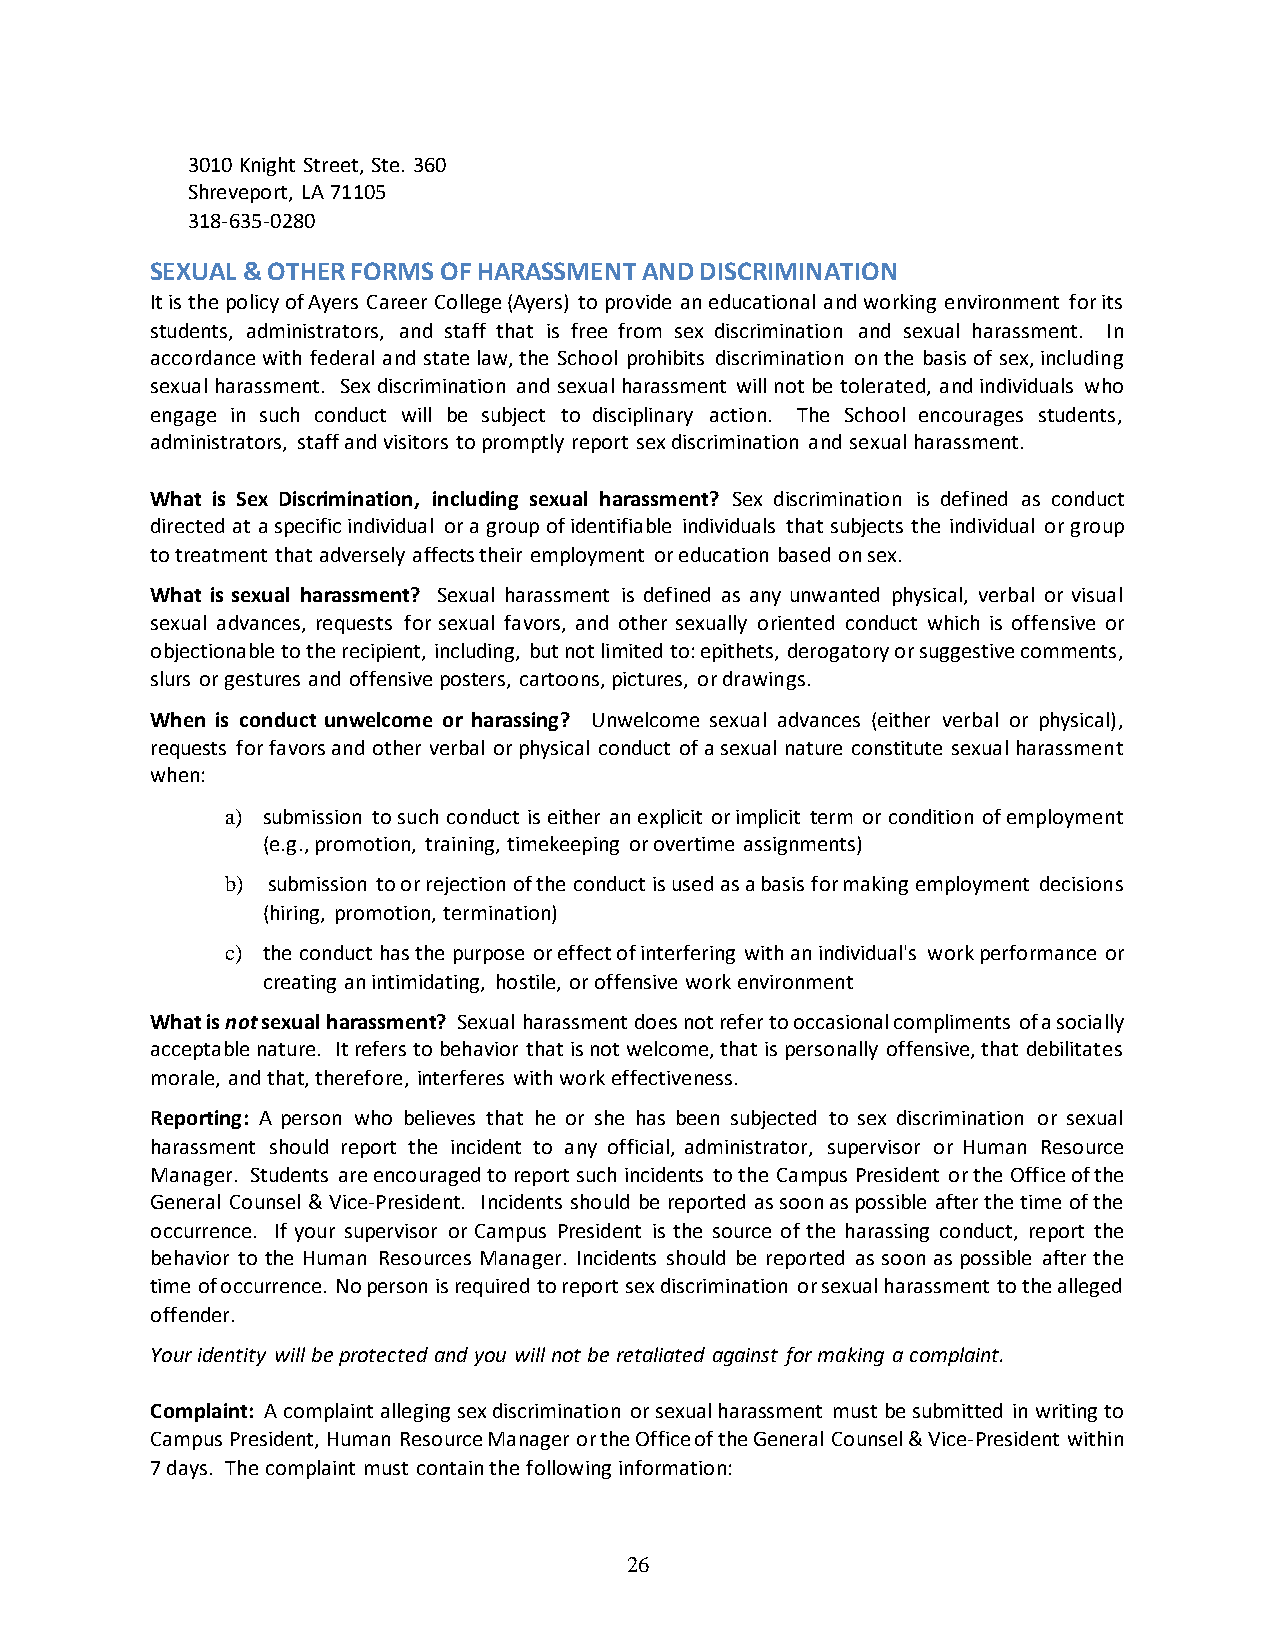
3010 Knight Street, Ste. 360
 Shreveport, LA 71105
 318-635-0280
 SEXUAL & OTHER FORMS OF HARASSMENT AND DISCRIMINATION
 It is the policy of Ayers Career College (Ayers) to provide an educational and working environment for its
 students, administrators, and staff that is free from sex discrimination and sexual harassment. In
 accordance with federal and state law, the School prohibits discrimination on the basis of sex, including
 sexual harassment. Sex discrimination and sexual harassment will not be tolerated, and individuals who
 engage in such conduct will be subject to disciplinary action. The School encourages students,
 administrators, staff and visitors to promptly report sex discrimination and sexual harassment.
 What is Sex Discrimination, including sexual harassment? Sex discrimination is defined as conduct
 directed at a specific individual or a group of identifiable individuals that subjects the individual or group
 to treatment that adversely affects their employment or education based on sex.
 What is sexual harassment? Sexual harassment is defined as any unwanted physical, verbal or visual
 sexual advances, requests for sexual favors, and other sexually oriented conduct which is offensive or
 objectionable to the recipient, including, but not limited to: epithets, derogatory or suggestive comments,
 slurs or gestures and offensive posters, cartoons, pictures, or drawings.
 When is conduct unwelcome or harassing? Unwelcome sexual advances (either verbal or physical),
 requests for favors and other verbal or physical conduct of a sexual nature constitute sexual harassment
 when:
 a) submission to such conduct is either an explicit or implicit term or condition of employment
 (e.g., promotion, training, timekeeping or overtime assignments)
 b) submission to or rejection of the conduct is used as a basis for making employment decisions
 (hiring, promotion, termination)
 c) the conduct has the purpose or effect of interfering with an individual's work performance or
 creating an intimidating, hostile, or offensive work environment
 What is not sexual harassment? Sexual harassment does not refer to occasional compliments of a socially
 acceptable nature. It refers to behavior that is not welcome, that is personally offensive, that debilitates
 morale, and that, therefore, interferes with work effectiveness.
 Reporting: A person who believes that he or she has been subjected to sex discrimination or sexual
 harassment should report the incident to any official, administrator, supervisor or Human Resource
 Manager. Students are encouraged to report such incidents to the Campus President or the Office of the
 General Counsel & Vice-President. Incidents should be reported as soon as possible after the time of the
 occurrence. If your supervisor or Campus President is the source of the harassing conduct, report the
 behavior to the Human Resources Manager. Incidents should be reported as soon as possible after the
 time of occurrence. No person is required to report sex discrimination or sexual harassment to the alleged
 offender.
 Your identity will be protected and you will not be retaliated against for making a complaint.
 Complaint: A complaint alleging sex discrimination or sexual harassment must be submitted in writing to
 Campus President, Human Resource Manager or the Office of the General Counsel & Vice-President within
 7 days. The complaint must contain the following information:
 26